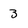
Character: 3